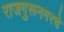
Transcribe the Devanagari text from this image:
राजगुरूनगरचे